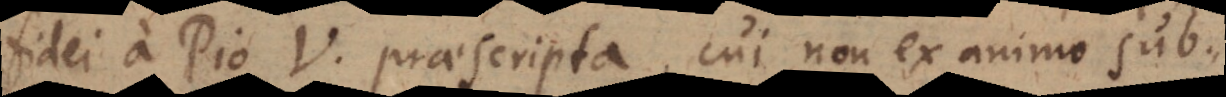
fidei a Pio V. praescripta, cui non ex animo sub